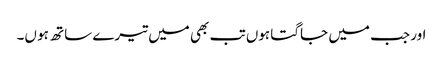
اور جب میں جاگتا ہوں تب بھی میں تیرے ساتھ ہو ں۔